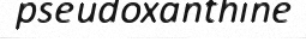
pseudoxanthine